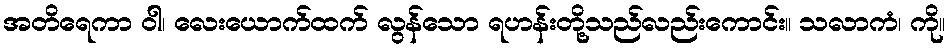
အတိရေကာ ဝါ၊ လေးယောက်ထက် လွန်သော ရဟန်းတို့သည်လည်းကောင်း။ သလာကံ၊ ကို။